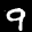
Label: 9